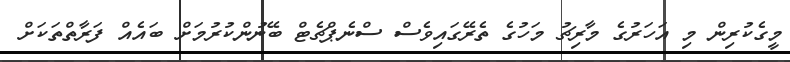
މީގެކުރިން މި އަހަރުގެ މާރިޗު މަހުގެ ތެރޭގައިވެސް ސްނެޕްޗެޓް ބޭނުންކުރުމަށް ބައެއް ފަރާތްތަކަށް